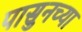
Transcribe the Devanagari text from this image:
पासुनच्या